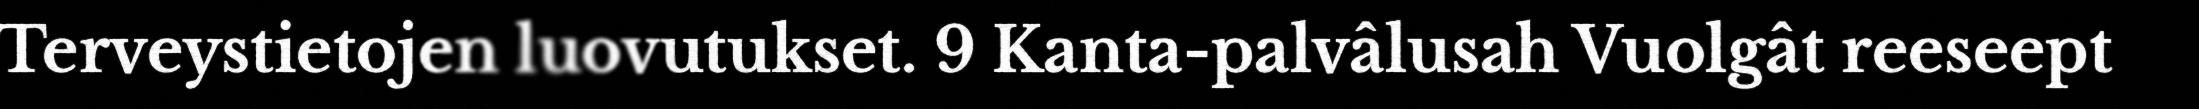
Terveystietojen luovutukset. 9 Kanta-palvâlusah Vuolgât reeseept